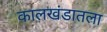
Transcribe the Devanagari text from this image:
कालखंडातला